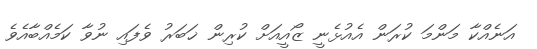
އަނެއްކާ މަންމަ ކުރަން އެއުޅެނީ ޒޯއީއަށް ކުރިން ޚަބަރު ވެފައި ނުވާ ކަމެއްބާއެވެ